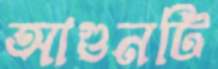
আগুনটি